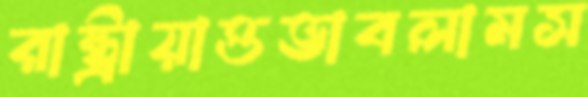
রাষ্ট্রায়াত্তভাবলামস